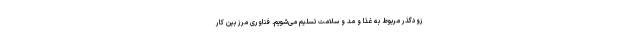
زودگذر مربوط به غذا و مُد و سلامت تسلیم می‌شویم. فناوری مرز بین کار